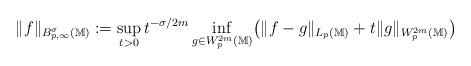
LaTeX: \begin{align*} \|f\|_{B_{p,\infty}^{\sigma}(\mathbb{M})} := \sup_{t>0} t^{-\sigma/2m} \inf_{g\in W_{p}^{2m}(\mathbb{M})} \bigl(\|f-g\|_{L_p(\mathbb{M})}+ t\|g\|_{W_{p}^{2m}(\mathbb{M})}\bigr) \end{align*}